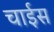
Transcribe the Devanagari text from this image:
चाईस